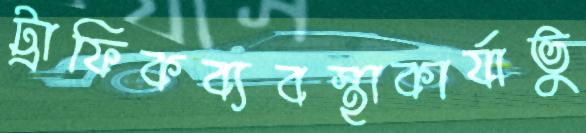
ট্রাফিকব্যবস্থাকার্যাভু